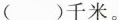
( )千米。